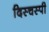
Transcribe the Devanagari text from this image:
दिस्चस्पी